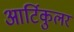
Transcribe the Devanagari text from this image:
आर्टिकुलर